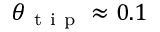
\theta _ { \mathrm { ~ t ~ i ~ p ~ } } \approx 0 . 1